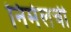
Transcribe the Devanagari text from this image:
निर्मलची